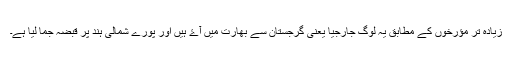
زیادہ تر مؤرخوں کے مطابق یہ لوگ جارجیا یعنی گرجستان سے بھارت میں آۓ ہیں اور پورے شمالی ہند پر قبضہ جما لیا ہے۔